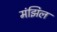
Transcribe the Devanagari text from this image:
मंझिल